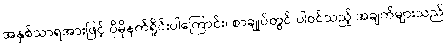
အနှစ်သာရအားဖြင့် ပိုမိုနက်ရှိုင်းပါကြောင်း၊ စာချုပ်တွင် ပါဝင်သည့် အချက်များသည်